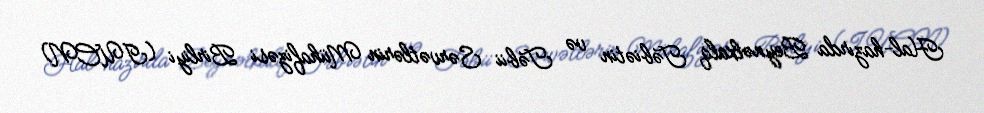
Hal-hazırda Beynəlxalq Təbiətin və Təbii Sərvətlərin Mühafizəsi Birliyi (IUCN)